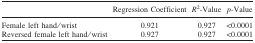
<table><thead><tr><td></td><td><b>Regression Coefficient</b></td><td><b><i>R</i><sup>2</sup>-Value</b></td><td><b><i>p</i>-Value</b></td></tr></thead><tbody><tr><td>Female left hand/wrist</td><td>0.921</td><td>0.927</td><td>&lt;0.0001</td></tr><tr><td>Reversed female left hand/wrist</td><td>0.927</td><td>0.927</td><td>&lt;0.0001</td></tr></tbody></table>